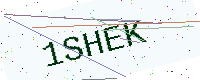
Text: 1SHEK